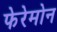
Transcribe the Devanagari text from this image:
फेरेमोन